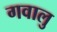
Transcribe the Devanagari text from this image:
गवालु